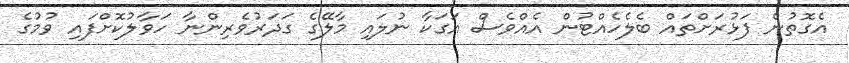
އެގޮތުން ފަޅުރަށްތައް ބެލެހެއްޓުން އެއްވެސް އަގަކާ ނުލައި މާލޭގެ ގަދަރުވެރިންނާ ހަވާލުކޮށްފައި ވުމުގެ